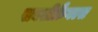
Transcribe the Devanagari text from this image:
सक्सीफ्रैगल्स